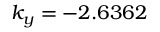
k _ { y } = - 2 . 6 3 6 2